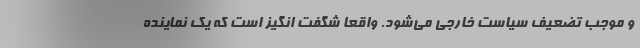
و موجب تضعیف سیاست خارجی می‌شود. واقعاً شگفت انگیز است که یک نماینده